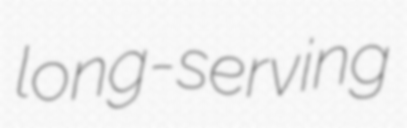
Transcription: long-serving